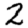
Digit: 2